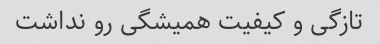
تازگی و کیفیت همیشگی رو نداشت